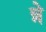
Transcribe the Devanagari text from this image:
न्ने